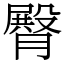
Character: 臀